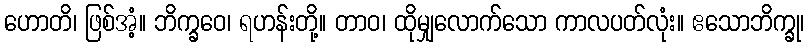
ဟောတိ၊ ဖြစ်အံ့။ ဘိက္ခဝေ၊ ရဟန်းတို့။ တာဝ၊ ထိုမျှလောက်သော ကာလပတ်လုံး။ ဧသောဘိက္ခု၊